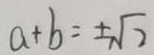
a + b = \pm \sqrt { 2 }